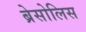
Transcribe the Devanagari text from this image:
ब्रेसोलिस